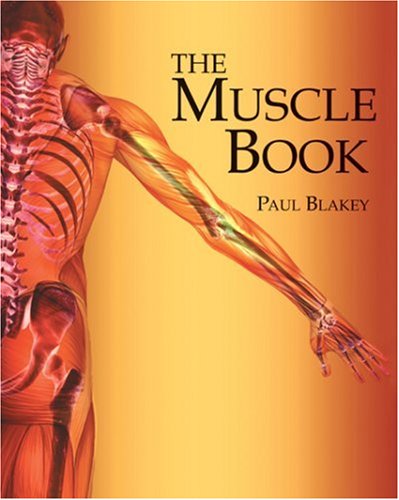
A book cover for The Muscle Book; Paul Blakey; Health, Fitness & Dieting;